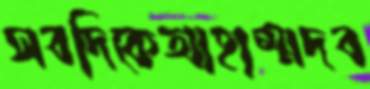
সবদিকেআহাম্মদব